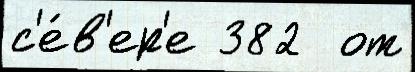
с'е́в'ер'е 382  от